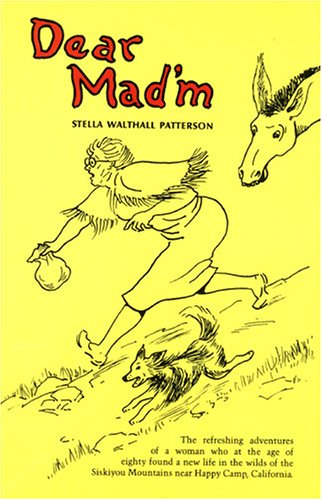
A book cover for Dear Mad'm (Women of the West); Stella Walthall Patterson; Biographies & Memoirs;